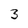
Character: 3